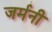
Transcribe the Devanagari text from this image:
जर्मनी